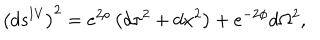
\left( d s ^ { \mathrm { I V } } \right) ^ { 2 } = e ^ { 2 \rho } \left( d \tau ^ { 2 } + d x ^ { 2 } \right) + e ^ { - 2 \phi } d \Omega ^ { 2 } ,